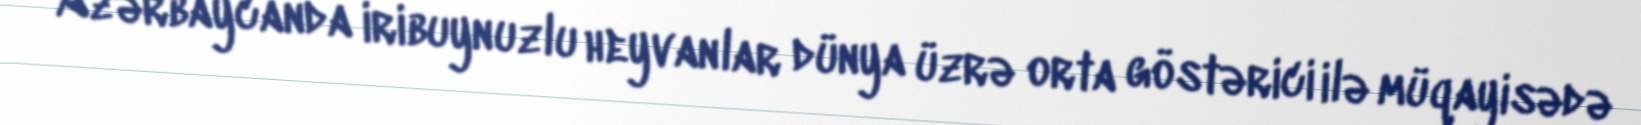
Azərbaycanda iribuynuzlu heyvanlar dünya üzrə orta göstərici ilə müqayisədə